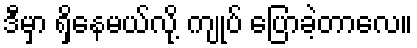
ဒီမှာ ရှိနေမယ်လို့ ကျုပ် ပြောခဲ့တာလေ။